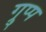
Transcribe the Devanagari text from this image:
ग्रुप्प